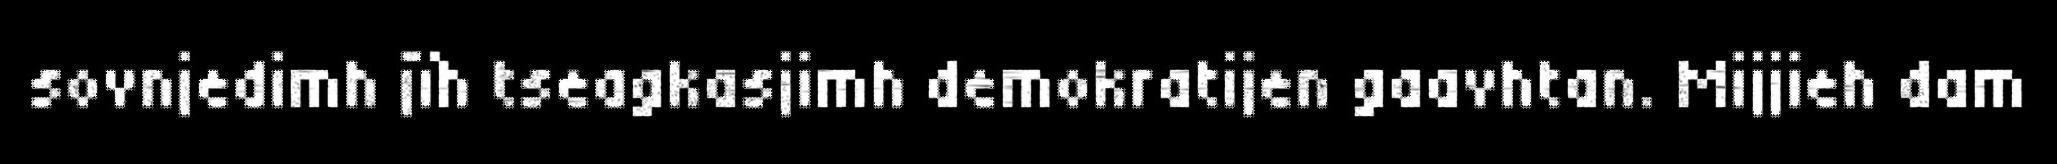
sovnjedimh jïh tseagkasjimh demokratijen gaavhtan. Mijjieh dam